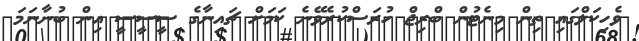
ވެހިކަލްގައި ތިން މިނެޓުން ބްރިޖް ހުރަސްކުރެވޭނެ ކަމަށް ޗައިނާގެ ސީސީސީ އިން ބުނާނަމަ